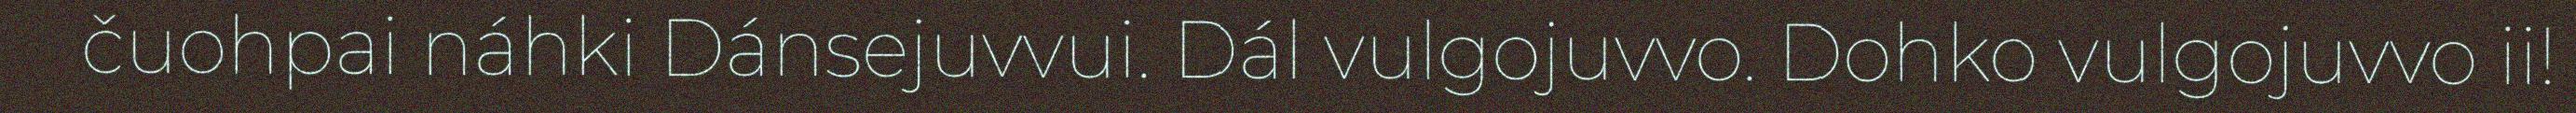
čuohpai náhki Dánsejuvvui. Dál vulgojuvvo. Dohko vulgojuvvo ii!